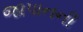
જાપાનની